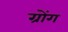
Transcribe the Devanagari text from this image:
ग्रोंग